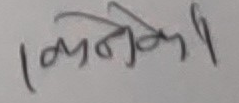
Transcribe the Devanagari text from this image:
१ केनेकी